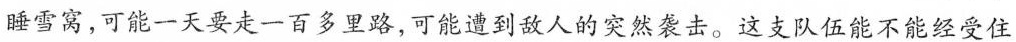
睡雪窝，可能一天要走一百多里路，可能遭到敌人的突然袭击。这支队伍能不能经受住